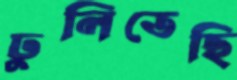
ঢুলিতেছি